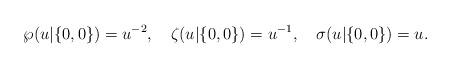
LaTeX: \begin{align*}\wp(u|\{0,0\})=u^{-2},\quad \zeta(u|\{0,0\})=u^{-1},\quad \sigma(u|\{0,0\})=u. \end{align*}